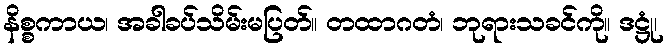
နိစ္စကာယ၊ အခါခပ်သိမ်းမပြတ်။ တထာဂတံ၊ ဘုရားသခင်ကို။ ဒဋ္ဌုံ၊